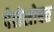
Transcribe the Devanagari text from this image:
पेलेसोबत